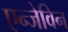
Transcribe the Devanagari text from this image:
एन्जेविन